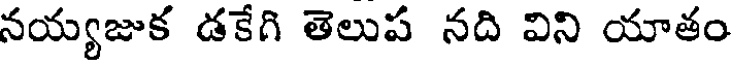
నయ్యజుక డకేగి తెలుప నది విని యాతం